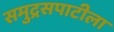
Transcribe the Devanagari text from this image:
समुद्रसपाटीला